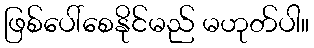
ဖြစ်ပေါ်စေနိုင်မည် မဟုတ်ပါ။